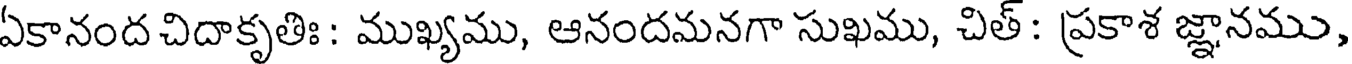
ఏకానంద చిదాకృతిః : ముఖ్యము, ఆనందమనగా సుఖము, చిత్: ప్రకాశ జ్ఞానము,